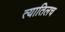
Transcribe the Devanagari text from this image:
त्यातिलच